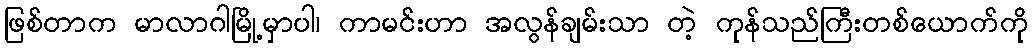
ဖြစ်တာက မာလာဂါမြို့မှာပါ၊ ကာမင်းဟာ အလွန်ချမ်းသာ တဲ့ ကုန်သည်ကြီးတစ်ယောက်ကို